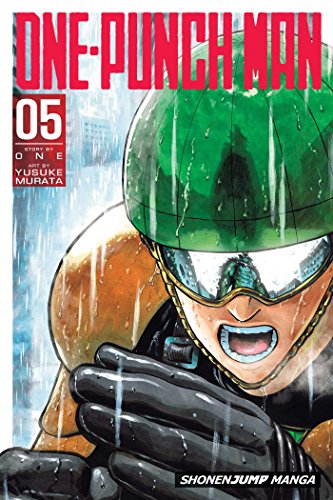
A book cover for One-Punch Man, Vol. 5; Comics & Graphic Novels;